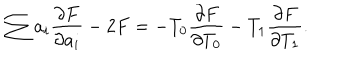
\sum a _ { i } \frac { \partial F } { \partial a _ { i } } - 2 F = - T _ { 0 } \frac { \partial F } { \partial T _ { 0 } } - T _ { 1 } \frac { \partial F } { \partial T _ { 1 } } .